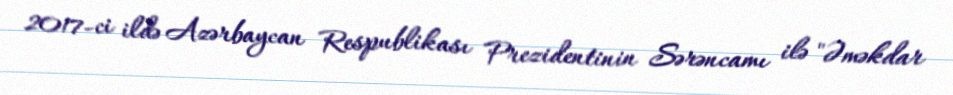
2017-ci ildə Azərbaycan Respublikası Prezidentinin Sərəncamı ilə "Əməkdar